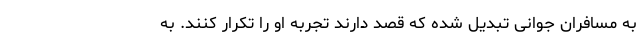
به مسافران جوانی تبدیل شده که قصد دارند تجربه او را تکرار کنند. به